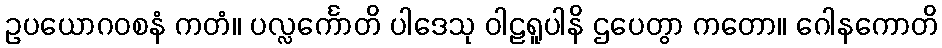
ဥပယောဂဝစနံ ကတံ။ ပလ္လင်္ကောတိ ပါဒေသု ဝါဠရူပါနိ ဌပေတွာ ကတော။ ဂေါနကောတိ